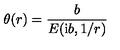
\theta ( r ) = { \frac { b } { E ( { \mathrm i } b , 1 / r ) } }